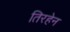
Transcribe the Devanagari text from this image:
तिरहेन